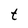
Character: t